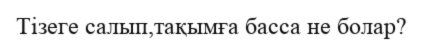
Тізеге салып,тақымға басса не болар?